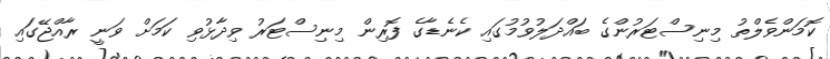
ކޮމަންވެލްތު މިނިސްޓަރުންގެ ބައްދަލުވުމުގައި ކެނެޑާގެ ފޮރިން މިނިސްޓަރު ވިދާޅުވި ކަމަށް ވަނީ ރާއްޖޭގައި